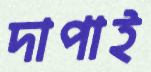
দাপাই